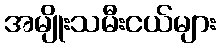
အမျိုးသမီးငယ်များ